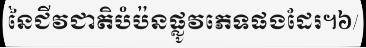
នៃជីវជាតិបំប៉នផ្លូវភេទផងដែរ។៦/